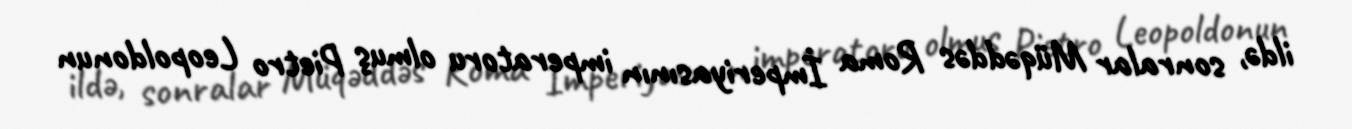
ildə, sonralar Müqəddəs Roma İmperiyasının imperatoru olmuş Pietro Leopoldonun